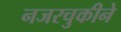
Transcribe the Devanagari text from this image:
नजरचुकीने